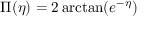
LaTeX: \Pi ( \eta ) = 2 \arctan ( e ^ { - \eta } )